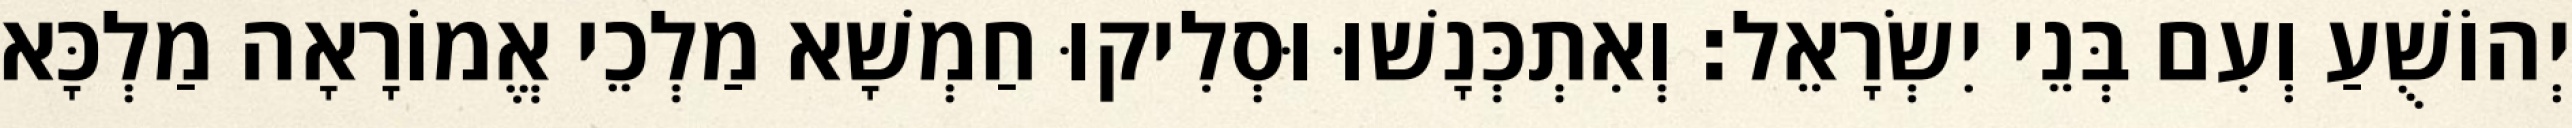
יְהוֹשֻׁעַ וְעִם בְּנֵי יִשְׂרָאֵל׃ וְאִתְכְּנָשׁוּ וּסְלִיקוּ חַמְשָׁא מַלְכֵי אֱמוֹרָאָה מַלְכָּא